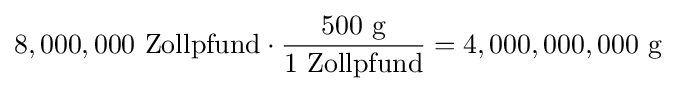
8,000,000\ {\text{Zollpfund}}\cdot {\frac {500\ {\text{g}}}{1\ {\text{Zollpfund}}}}=4,000,000,000\ {\text{g}}